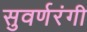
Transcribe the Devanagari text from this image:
सुवर्णरंगी